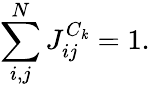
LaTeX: \sum_{i,j}^{N}J_{ij}^{C_{\mathit{k}}}=1.